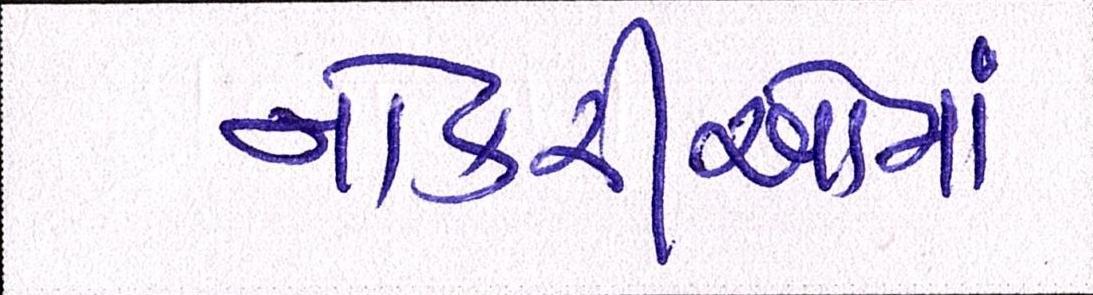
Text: નોકરીઓમાં